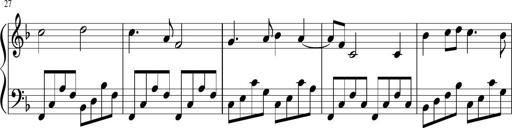
Title: Sonatina di Santa Gemma, JKB 12
Composer: Jason Baruk
Key: F major